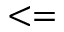
< =